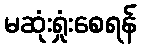
မဆုံးရှုံးစေရန်